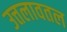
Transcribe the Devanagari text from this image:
उत्तलावतल